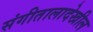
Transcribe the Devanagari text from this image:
संगीतालादेखील